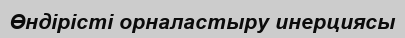
Өндірісті орналастыру инерциясы